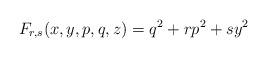
LaTeX: \begin{gather*}F_{r, s}(x, y, p, q, z) = q^2 + r p^2 + s y^2\end{gather*}